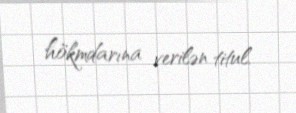
hökmdarına verilən titul.